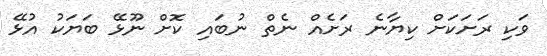
ވަކި ރަށަކަށް ކިޔާނެ ރަށެއް ނެތް ނުބައި ކޮށް ނޫޅޭ ބަޔަކު އުޅޭ